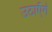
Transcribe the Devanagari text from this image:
उठाएँगें